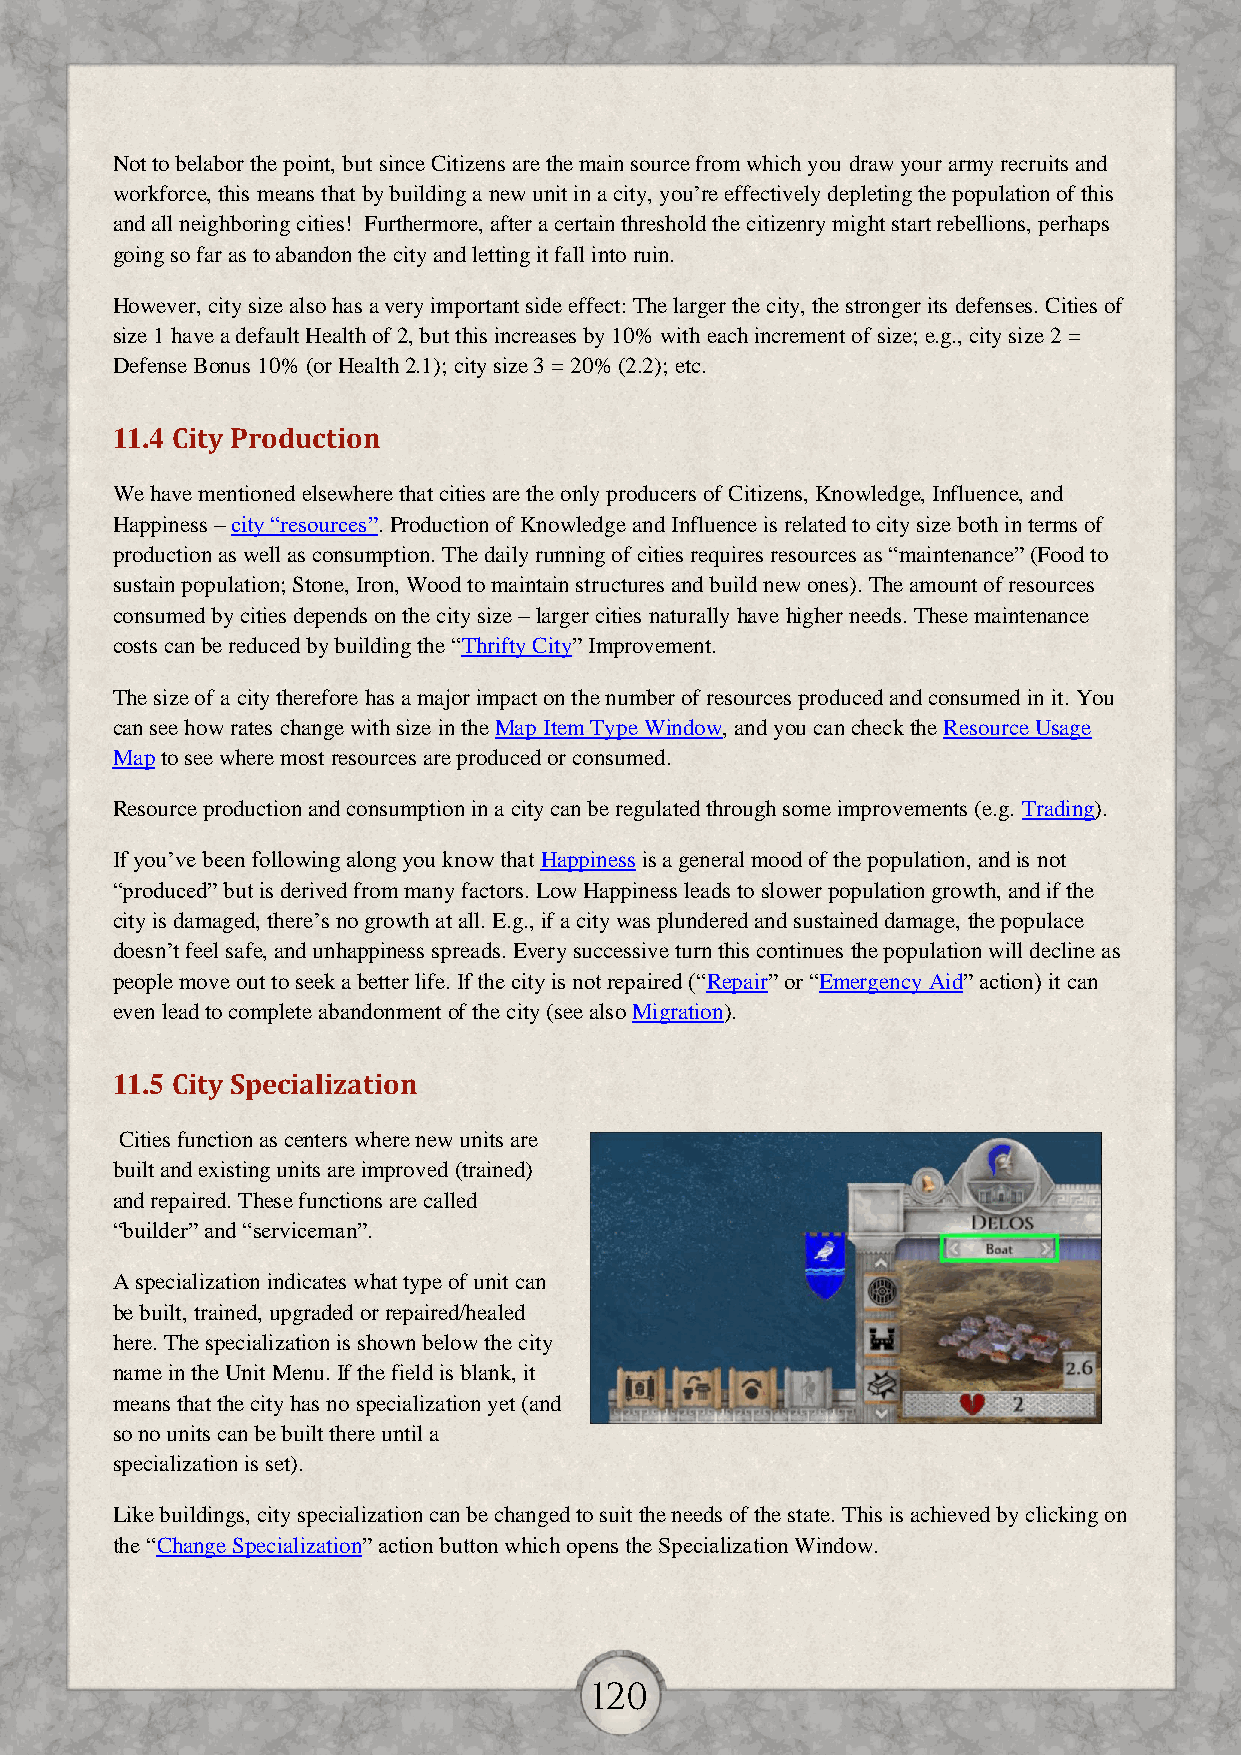
Not to belabor the point, but since Citizens are the main source from which you draw your army recruits and
 workforce, this means that by building a new unit in a city, you’re effectively depleting the population of this
 and all neighboring cities! Furthermore, after a certain threshold the citizenry might start rebellions, perhaps
 going so far as to abandon the city and letting it fall into ruin.
 However, city size also has a very important side effect: The larger the city, the stronger its defenses. Cities of
 size 1 have a default Health of 2, but this increases by 10% with each increment of size; e.g., city size 2 =
 Defense Bonus 10% (or Health 2.1); city size 3 = 20% (2.2); etc.
 11.4 City Production
 We have mentioned elsewhere that cities are the only producers of Citizens, Knowledge, Influence, and
 Happiness – city “resources”. Production of Knowledge and Influence is related to city size both in terms of
 production as well as consumption. The daily running of cities requires resources as “maintenance” (Food to
 sustain population; Stone, Iron, Wood to maintain structures and build new ones). The amount of resources
 consumed by cities depends on the city size – larger cities naturally have higher needs. These maintenance
 costs can be reduced by building the “Thrifty City” Improvement.
 The size of a city therefore has a major impact on the number of resources produced and consumed in it. You
 can see how rates change with size in the Map Item Type Window, and you can check the Resource Usage
 Map to see where most resources are produced or consumed.
 Resource production and consumption in a city can be regulated through some improvements (e.g. Trading).
 If you’ve been following along you know that Happiness is a general mood of the population, and is not
 “produced” but is derived from many factors. Low Happiness leads to slower population growth, and if the
 city is damaged, there’s no growth at all. E.g., if a city was plundered and sustained damage, the populace
 doesn’t feel safe, and unhappiness spreads. Every successive turn this continues the population will decline as
 people move out to seek a better life. If the city is not repaired (“Repair” or “Emergency Aid” action) it can
 even lead to complete abandonment of the city (see also Migration).
 11.5 City Specialization
 Cities function as centers where new units are
 built and existing units are improved (trained)
 and repaired. These functions are called
 “builder” and “serviceman”.
 A specialization indicates what type of unit can
 be built, trained, upgraded or repaired/healed
 here. The specialization is shown below the city
 name in the Unit Menu. If the field is blank, it
 means that the city has no specialization yet (and
 so no units can be built there until a
 specialization is set).
 Like buildings, city specialization can be changed to suit the needs of the state. This is achieved by clicking on
 the “Change Specialization” action button which opens the Specialization Window.
 120